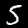
Digit: 5